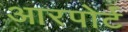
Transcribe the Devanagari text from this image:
आरपोर्ट